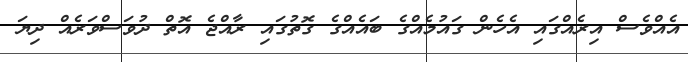
އެއްވެސް އިރެއްގައި އެހެން ގައުމެއްގެ ބައެއްގެ ގޮތުގައި ރާއްޖެ އޮތް ދުވަސްވަރެއް ދިޔަ